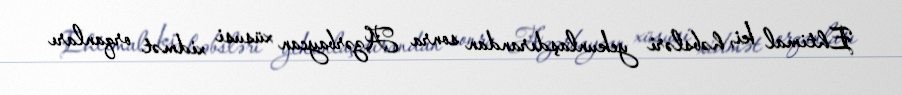
Ehtimal ki, həbsləri yekunlaşdırandan sonra Azərbaycan xüsusi xidmət orqanları